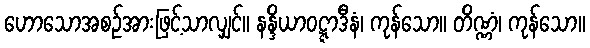
ဟောသောအစဉ်အားဖြင့်သာလျှင်။ နန္ဒိယာဝဋ္ဋာဒီနံ၊ ကုန်သော။ တိဏ္ဏံ၊ ကုန်သော။